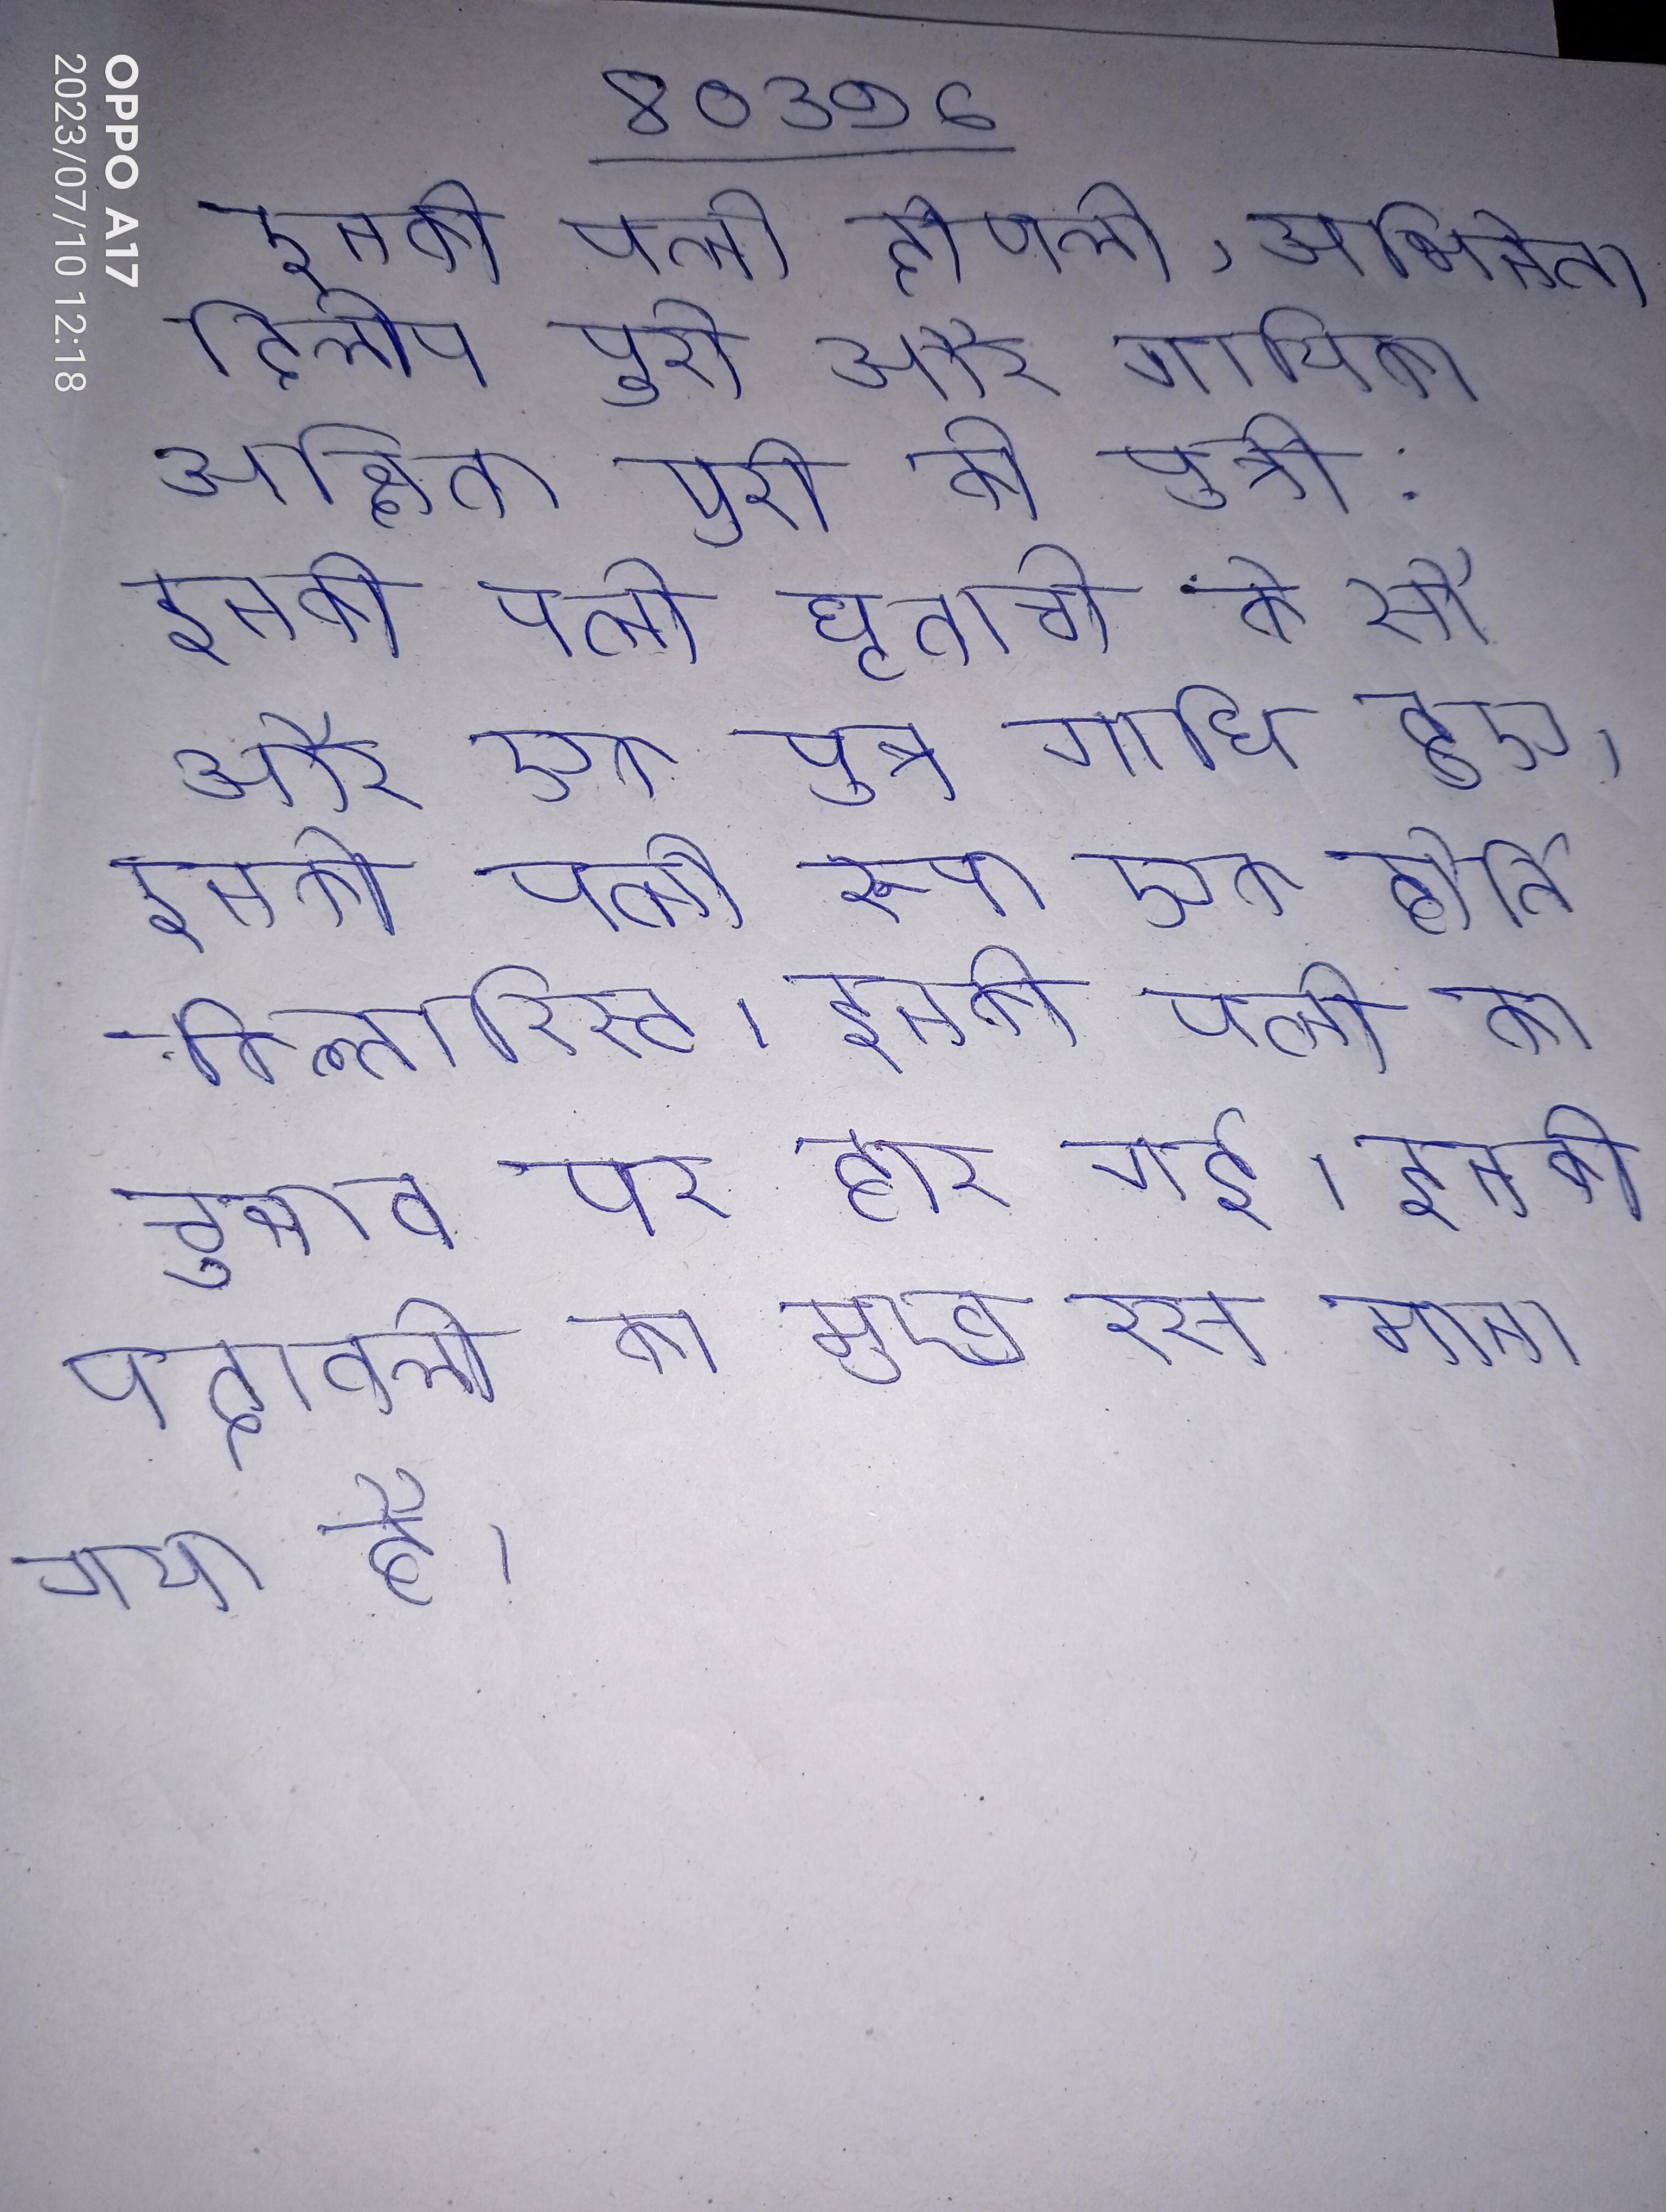
इनकी पत्नी दीपाली, अभिनेता दिलीप पुरी और गायिका अक्षिता पुरी की पुत्री . इनकी पत्नी धृताची के सौ और एक पुत्र गाधि हुए । इनकी पत्नी रूपा एक होर्तिकल्तारिस्ट । इनकी पत्नी का चुनाव पर हार गई । इनकी पदावली का मुख्य रस माना गया है ।